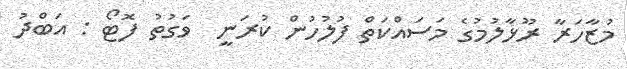
މުޒާހަރާ ރޫޅާލުމުގެ މަސައްކަތް ފުލުހުން ކުރަނީ  ވަގުތު ފޮޓޯ : އަބްދު